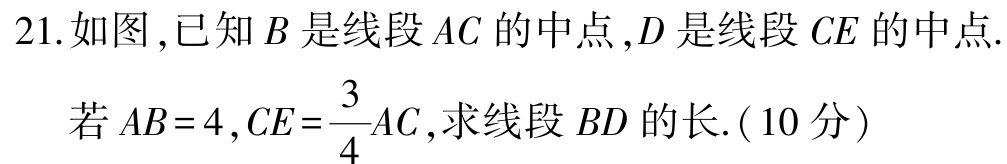
21.如图,已知\(B\)是线段\(AC\)的中点,\(D\)是线段\(CE\)的中点.

若\(AB = 4,CE=\frac{3}{4}AC\),求线段\(BD\)的长.(10分)